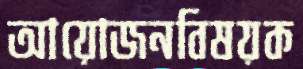
আয়োজনবিষয়ক